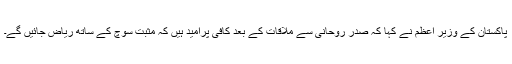
پاکستان کے وزیر اعظم نے کہا کہ صدر روحانی سے ملاقات کے بعد کافی پرامید ہیں کہ مثبت سوچ کے ساتھ ریاض جائیں گے۔